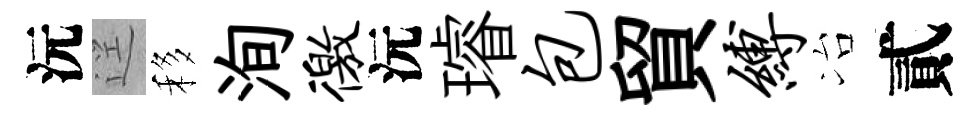
沅逕移洵徼沅璿包貿缚冶貳